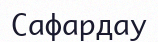
Сафардау